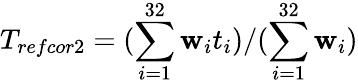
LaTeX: T_{refcor2}=(\sum_{i=1}^{32}\mathbf{w}_{i}t_{i})/(\sum_{i=1}^{32}\mathbf{w}_{i})